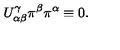
U _ { \alpha \beta } ^ { \gamma } \pi ^ { \beta } \pi ^ { \alpha } \equiv 0 .